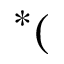
^ * (